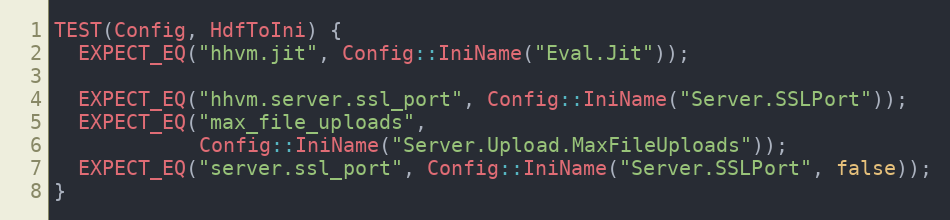
Language: C++
TEST(Config, HdfToIni) {
  EXPECT_EQ("hhvm.jit", Config::IniName("Eval.Jit"));

  EXPECT_EQ("hhvm.server.ssl_port", Config::IniName("Server.SSLPort"));
  EXPECT_EQ("max_file_uploads",
            Config::IniName("Server.Upload.MaxFileUploads"));
  EXPECT_EQ("server.ssl_port", Config::IniName("Server.SSLPort", false));
}